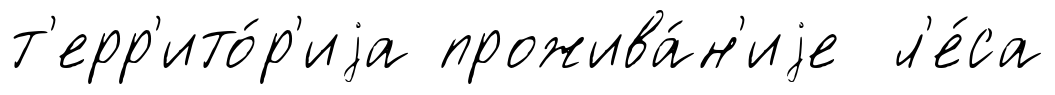
т'ерр'ито́р'иjа прожива́н'иjе л'е́са